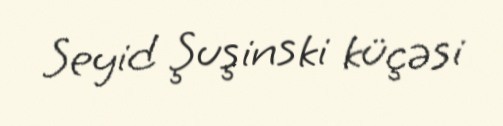
Seyid Şuşinski küçəsi